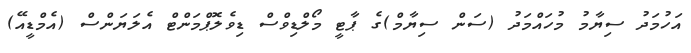
އަހުމަދު ސިޔާމު މުހައްމަދު (ސަން ސިޔާމް)ގެ ޕާޓީ މޯލްޑިވްސް ޑިވެލޮޕްމަންޓް އެލަޔަންސް (އެމްޑީއޭ)